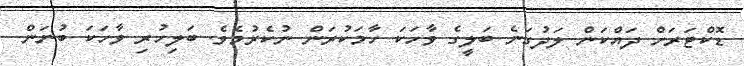
ޑޮކްޓަރަށް ދައްކަން ލަދުގަނެ ބަލީގެ ވާހަކަ ހާމަކުރަން ނުކެރުމެވެ. ބަލިހުރި ވާހަކަ ބުނަން